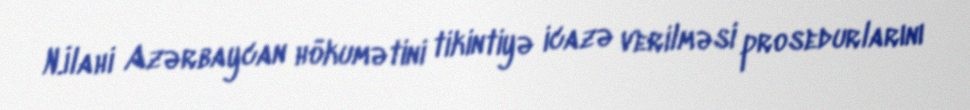
N.İlahi Azərbaycan hökumətini tikintiyə icazə verilməsi prosedurlarını